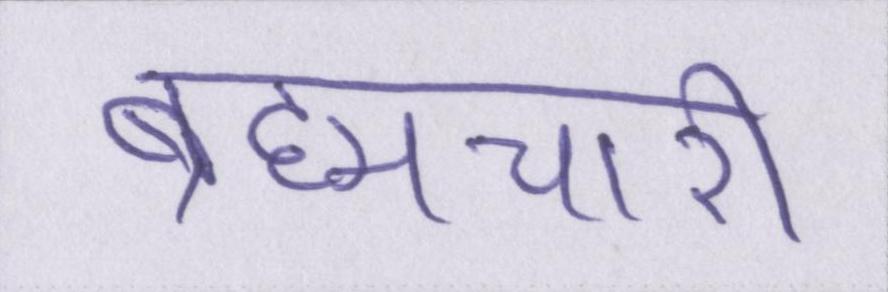
ब्रह्मचारी